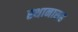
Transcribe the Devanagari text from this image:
स्थानासह